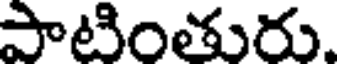
పాటింతురు.